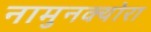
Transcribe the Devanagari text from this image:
नामुनक्योरा